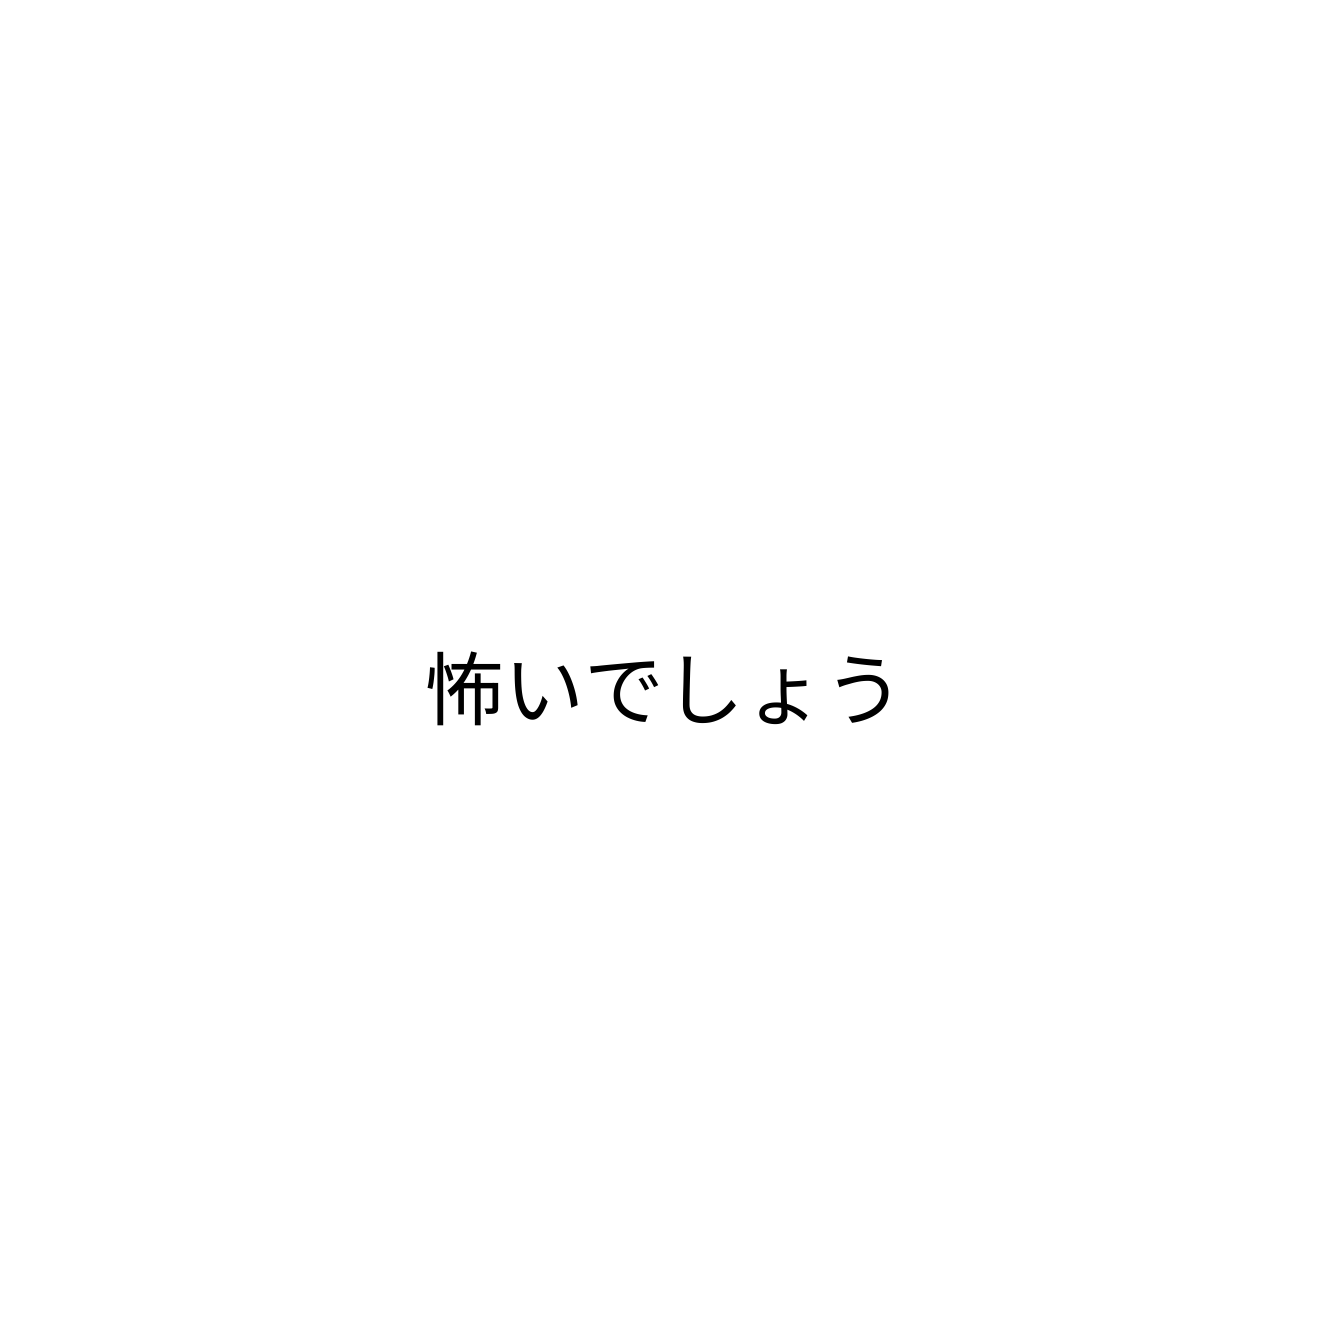
怖いでしょう